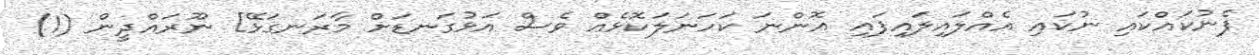
ފެނުކައްކައި ނުކައި އެއްލައިލައިފައި އޮންނަ ކަހަނަލަކޮޅެއް ވެސް އަޅުގަނޑަށް މާރަނގަޅޭ] ނޫރައްދީން (1)